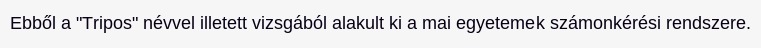
Ebből a "Tripos" névvel illetett vizsgából alakult ki a mai egyetemek számonkérési rendszere.